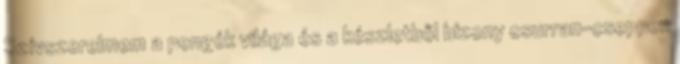
Szívszerelmem a pengék világa és a készletből bizony csurran-cseppen